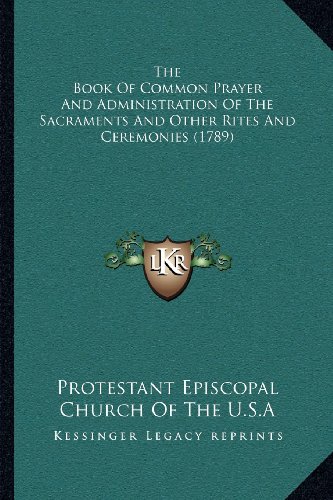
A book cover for The Book Of Common Prayer And Administration Of The Sacraments And Other Rites And Ceremonies (1789); Protestant Episcopal Church Of The U.S.A; Christian Books & Bibles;